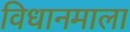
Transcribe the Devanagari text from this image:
विधानमाला